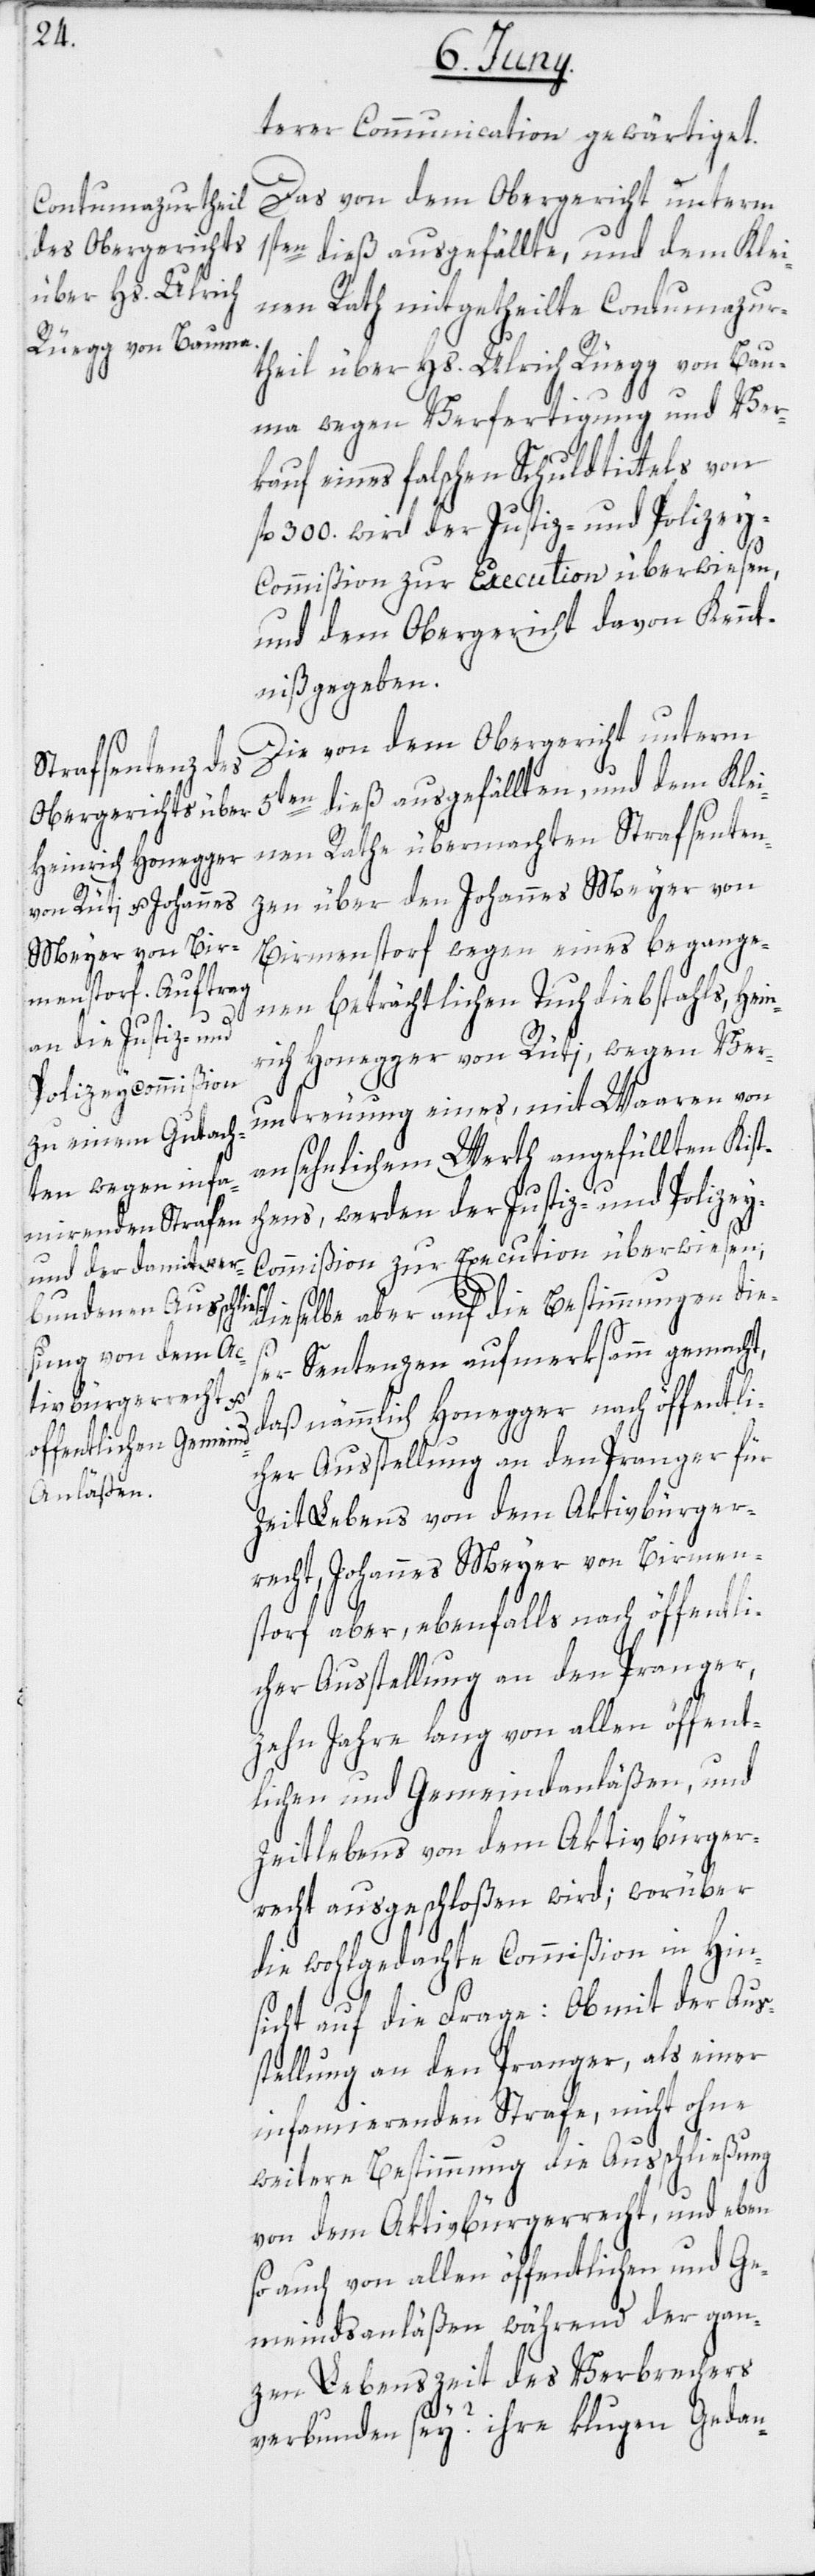
terer Communication gewärtiget.
Das von dem Obergericht unterm
nen Rath mitgetheilte Contumazur¬
theil über Hs. Ulrich Rüegg von Bau¬
ma wegen Verfertigung und Ver¬
kauf eines falschen Schuldtittels von
fl. 300. wird der Justiz- und Polizey-C¬
und dem Obergericht davon Kennt¬
niß gegeben.
Die von dem Obergericht unterm
5ten dieß ausgefällten, und dem Klei¬
nen Rathe übermachten Strafsenten¬
zen über den Johannes Meyer von
Birmenstorf wegen eines begange¬
nen beträchtlichen Tuchdiebstahls, Hein¬
rich Honegger von Rüti, wegen Ver¬
untreuung eines, mit Waaren von
ansehnlichem Werth angefüllten Kistc¬
hens, werden der Justiz- und Polize¬
y-Commißion zur Execution überwiesen;
dieselbe aber auf die Bestimmungen die¬
ser Sentenzen aufmerksamm gemacht,
daß nämmlich Honegger nach öffentli¬
cher Ausstellung an den Pranger für
Zeit Lebens von dem Aktivbürger¬
recht, Johannes Meyer von Birmen¬
storf aber, ebenfalls nach öffentli¬
cher Ausstellung an den Pranger,
zehn Jahre lang von allen öffent¬
lichen und Gemeindanläßen, und
Zeitlebens von dem Aktivbürger¬
recht ausgeschloßen wird; worüber
die wohlgedachte Commißion in Hin¬
sicht auf die Frage: Ob mit der Aus¬
stellung an den Pranger, als einer
infamierenden Strafe, nicht ohne
weitere Bestimmung die Ausschließung
von dem Aktivbürgerrecht, und eben
so auch von allen öffentlichen und Ge¬
meindsanläßen während der gan¬
zen Lebenszeit des Verbrechers
verbunden sey? ihre klugen Gedan-